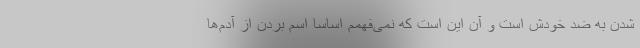
شدن به ضد خودش است و آن این است که نمی‌فهمم اساسا اسم بردن از آدم‌ها